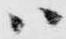
ハ